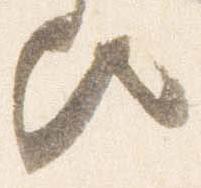
歟